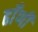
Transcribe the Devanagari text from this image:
ढाँणी